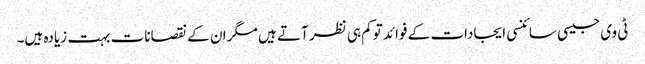
ٹی وی جیسی سائنسی ایجادات کے فوائد توکم ہی نظر آتے ہیں مگر ان کے نقصانات بہت زیادہ ہیں۔